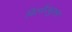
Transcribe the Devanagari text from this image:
विर्लोज्युक्स